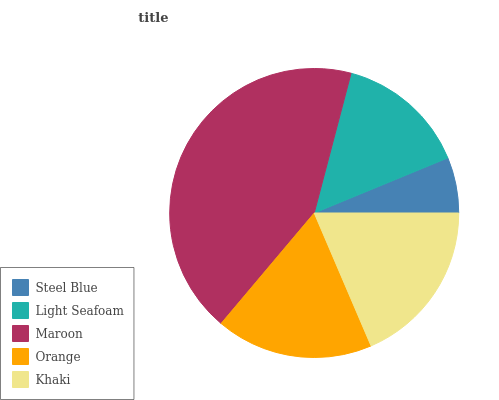
| Steel Blue | Light Seafoam | Maroon | Orange | Khaki |
 | --- | --- | --- | --- | --- |
 | 6.22% | 14.7% | 43% | 17.5% | 18.6% |